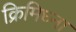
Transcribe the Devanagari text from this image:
क्रिमिघ्ना